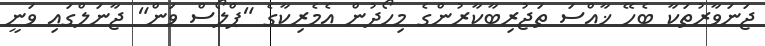
ޖަނަވާރުތަކާ ބެހޭ ޚާއްސަ ތަޖުރިބާކާރުންގެ މިހޯދުން އެމެރިކާގެ "ޕްލޯސް ވަން" ޖާނަލްގައި ވަނީ